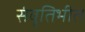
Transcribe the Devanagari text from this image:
संवृतिभीत